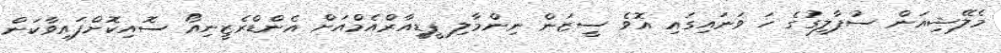
މެލޭޝިއަން ސުޕާލީގުގެ ހަ ވަނައިގައި އޮވެ ސީޒަން ނިންމާލި ޕީޑީއާރްއެމްއަށް އެންޑްރެޒީނިއޯ ސޮއިކޮށްފައިވާކަން